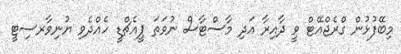
މިބޭފުޅުން ގްރެޖްއޭޓް ވީ ދާއިރާ އަދި މާސްޓާސް ނުވަތަ ޕީއެޗްޑީ ހެއްދެވި ޔުނިވާރސިޓީ